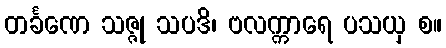
တင်္ခဏေ သဇ္ဇု သပဒိ၊ ဗလက္ကာရေ ပသယှ စ။